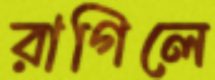
রাগিলে